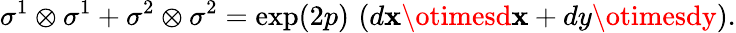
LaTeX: \sigma^{1}\otimes\sigma^{1}+\sigma^{2}\otimes\sigma^{2}=\exp(2p)\, \left(d\mathbf{x}\otimesd\mathbf{x}+dy\otimesdy\right).